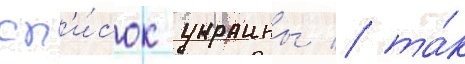
сп'и́сок украины / та́к